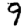
Digit: 9